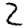
Digit: 2